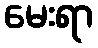
မေးရာ